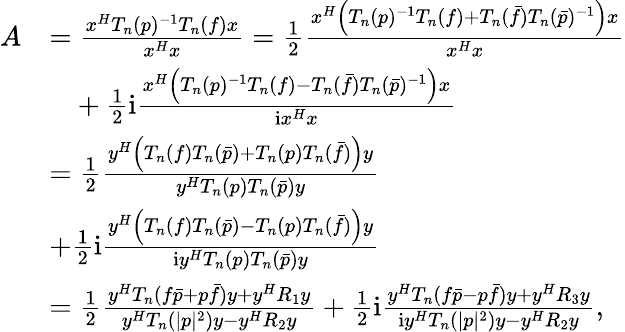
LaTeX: \begin{array}{rl}{A}&{=\frac{x^{H}T_{n}(p)^{-1}T_{n}(f)x}{x^{H}x}=\frac{1}{2}\frac{x^{H}\left(T_{n}(p)^{-1}T_{n}(f)+T_{n}(\bar{f})T_{n}(\bar{p})^{-1}\right)x}{x^{H}x}}\\ &{\phantom{=}+\frac{1}{2}\mathrm{i}\frac{x^{H}\left(T_{n}(p)^{-1}T_{n}(f)-T_{n}(\bar{f})T_{n}(\bar{p})^{-1}\right)x}{\mathrm{i}x^{H}x}}\\ &{=\frac{1}{2}\frac{y^{H}\left(T_{n}(f)T_{n}(\bar{p})+T_{n}(p)T_{n}(\bar{f})\right)y}{y^{H}T_{n}(p)T_{n}(\bar{p})y}}\\ &{+\frac{1}{2}\mathrm{i}\frac{y^{H}\left(T_{n}(f)T_{n}(\bar{p})-T_{n}(p)T_{n}(\bar{f})\right)y}{\mathrm{i}y^{H}T_{n}(p)T_{n}(\bar{p})y}}\\ &{=\frac{1}{2}\frac{y^{H}T_{n}(f\bar{p}+p\bar{f})y+y^{H}R_{1}y}{y^{H}T_{n}(\vert p\vert^{2})y-y^{H}R_{2}y}+\frac{1}{2}\mathrm{i}\frac{y^{H}T_{n}(f\bar{p}-p\bar{f})y+y^{H}R_{3}y}{\mathrm{i}y^{H}T_{n}(\vert p\vert^{2})y-y^{H}R_{2}y},}\end{array}